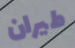
طيران